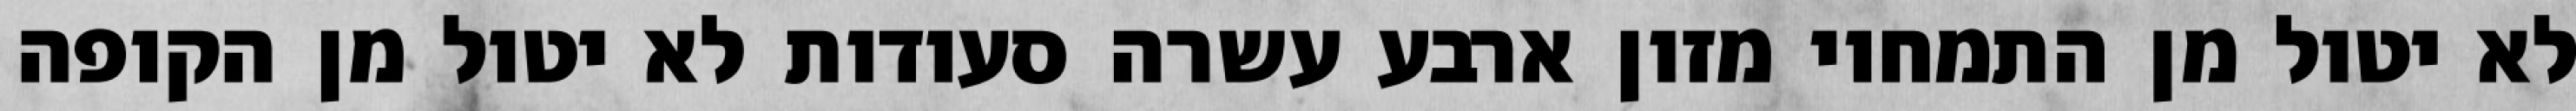
לא יטול מן התמחוי מזון ארבע עשרה סעודות לא יטול מן הקופה